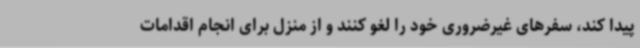
پیدا کند، سفرهای غیرضروری خود را لغو کنند و از منزل برای انجام اقدامات